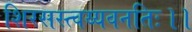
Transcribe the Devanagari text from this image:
शिरसस्त्वय्यवनतिः।।